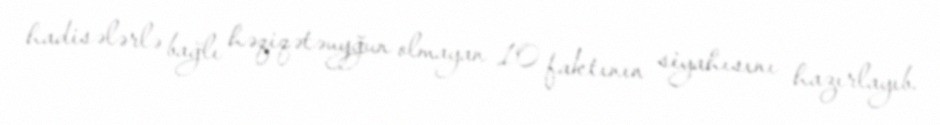
hadisələrlə bağlı həqiqətəuyğun olmayan 10 faktının siyahısını hazırlayıb.